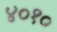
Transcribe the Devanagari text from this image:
४०१०